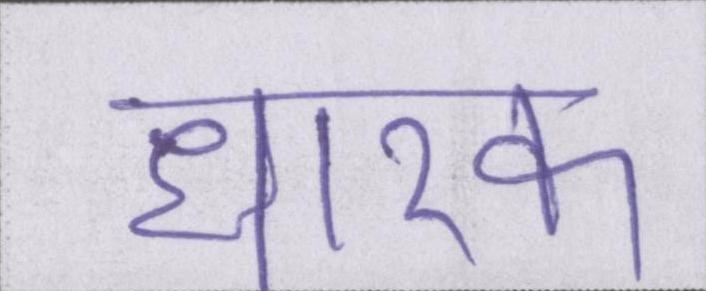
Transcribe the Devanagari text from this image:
धारक